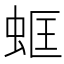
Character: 䖱